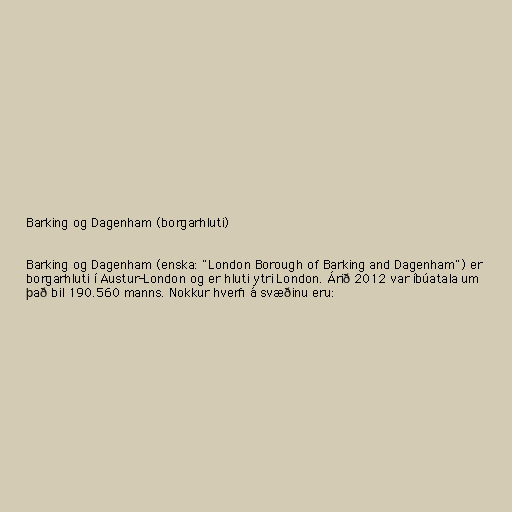
Barking og Dagenham (borgarhluti)

Barking og Dagenham (enska: "London Borough of Barking and Dagenham") er
borgarhluti í Austur-London og er hluti ytri London. Árið 2012 var íbúatala um
það bil 190.560 manns. Nokkur hverfi á svæðinu eru: